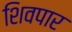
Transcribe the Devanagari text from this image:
शिवपार